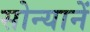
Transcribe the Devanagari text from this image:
सोन्यानें